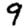
Digit: 9